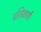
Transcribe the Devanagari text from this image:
प्रतिकार्य